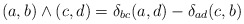
\begin{align*}(a, b) \wedge (c, d) = \delta_{bc} (a, d) - \delta_{ad} (c, b)\end{align*}